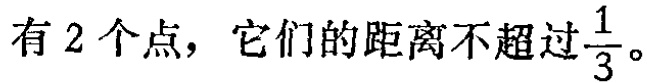
有2个点，它们的距离不超过$\frac{1}{3}$。